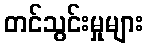
တင်သွင်းမှုများ